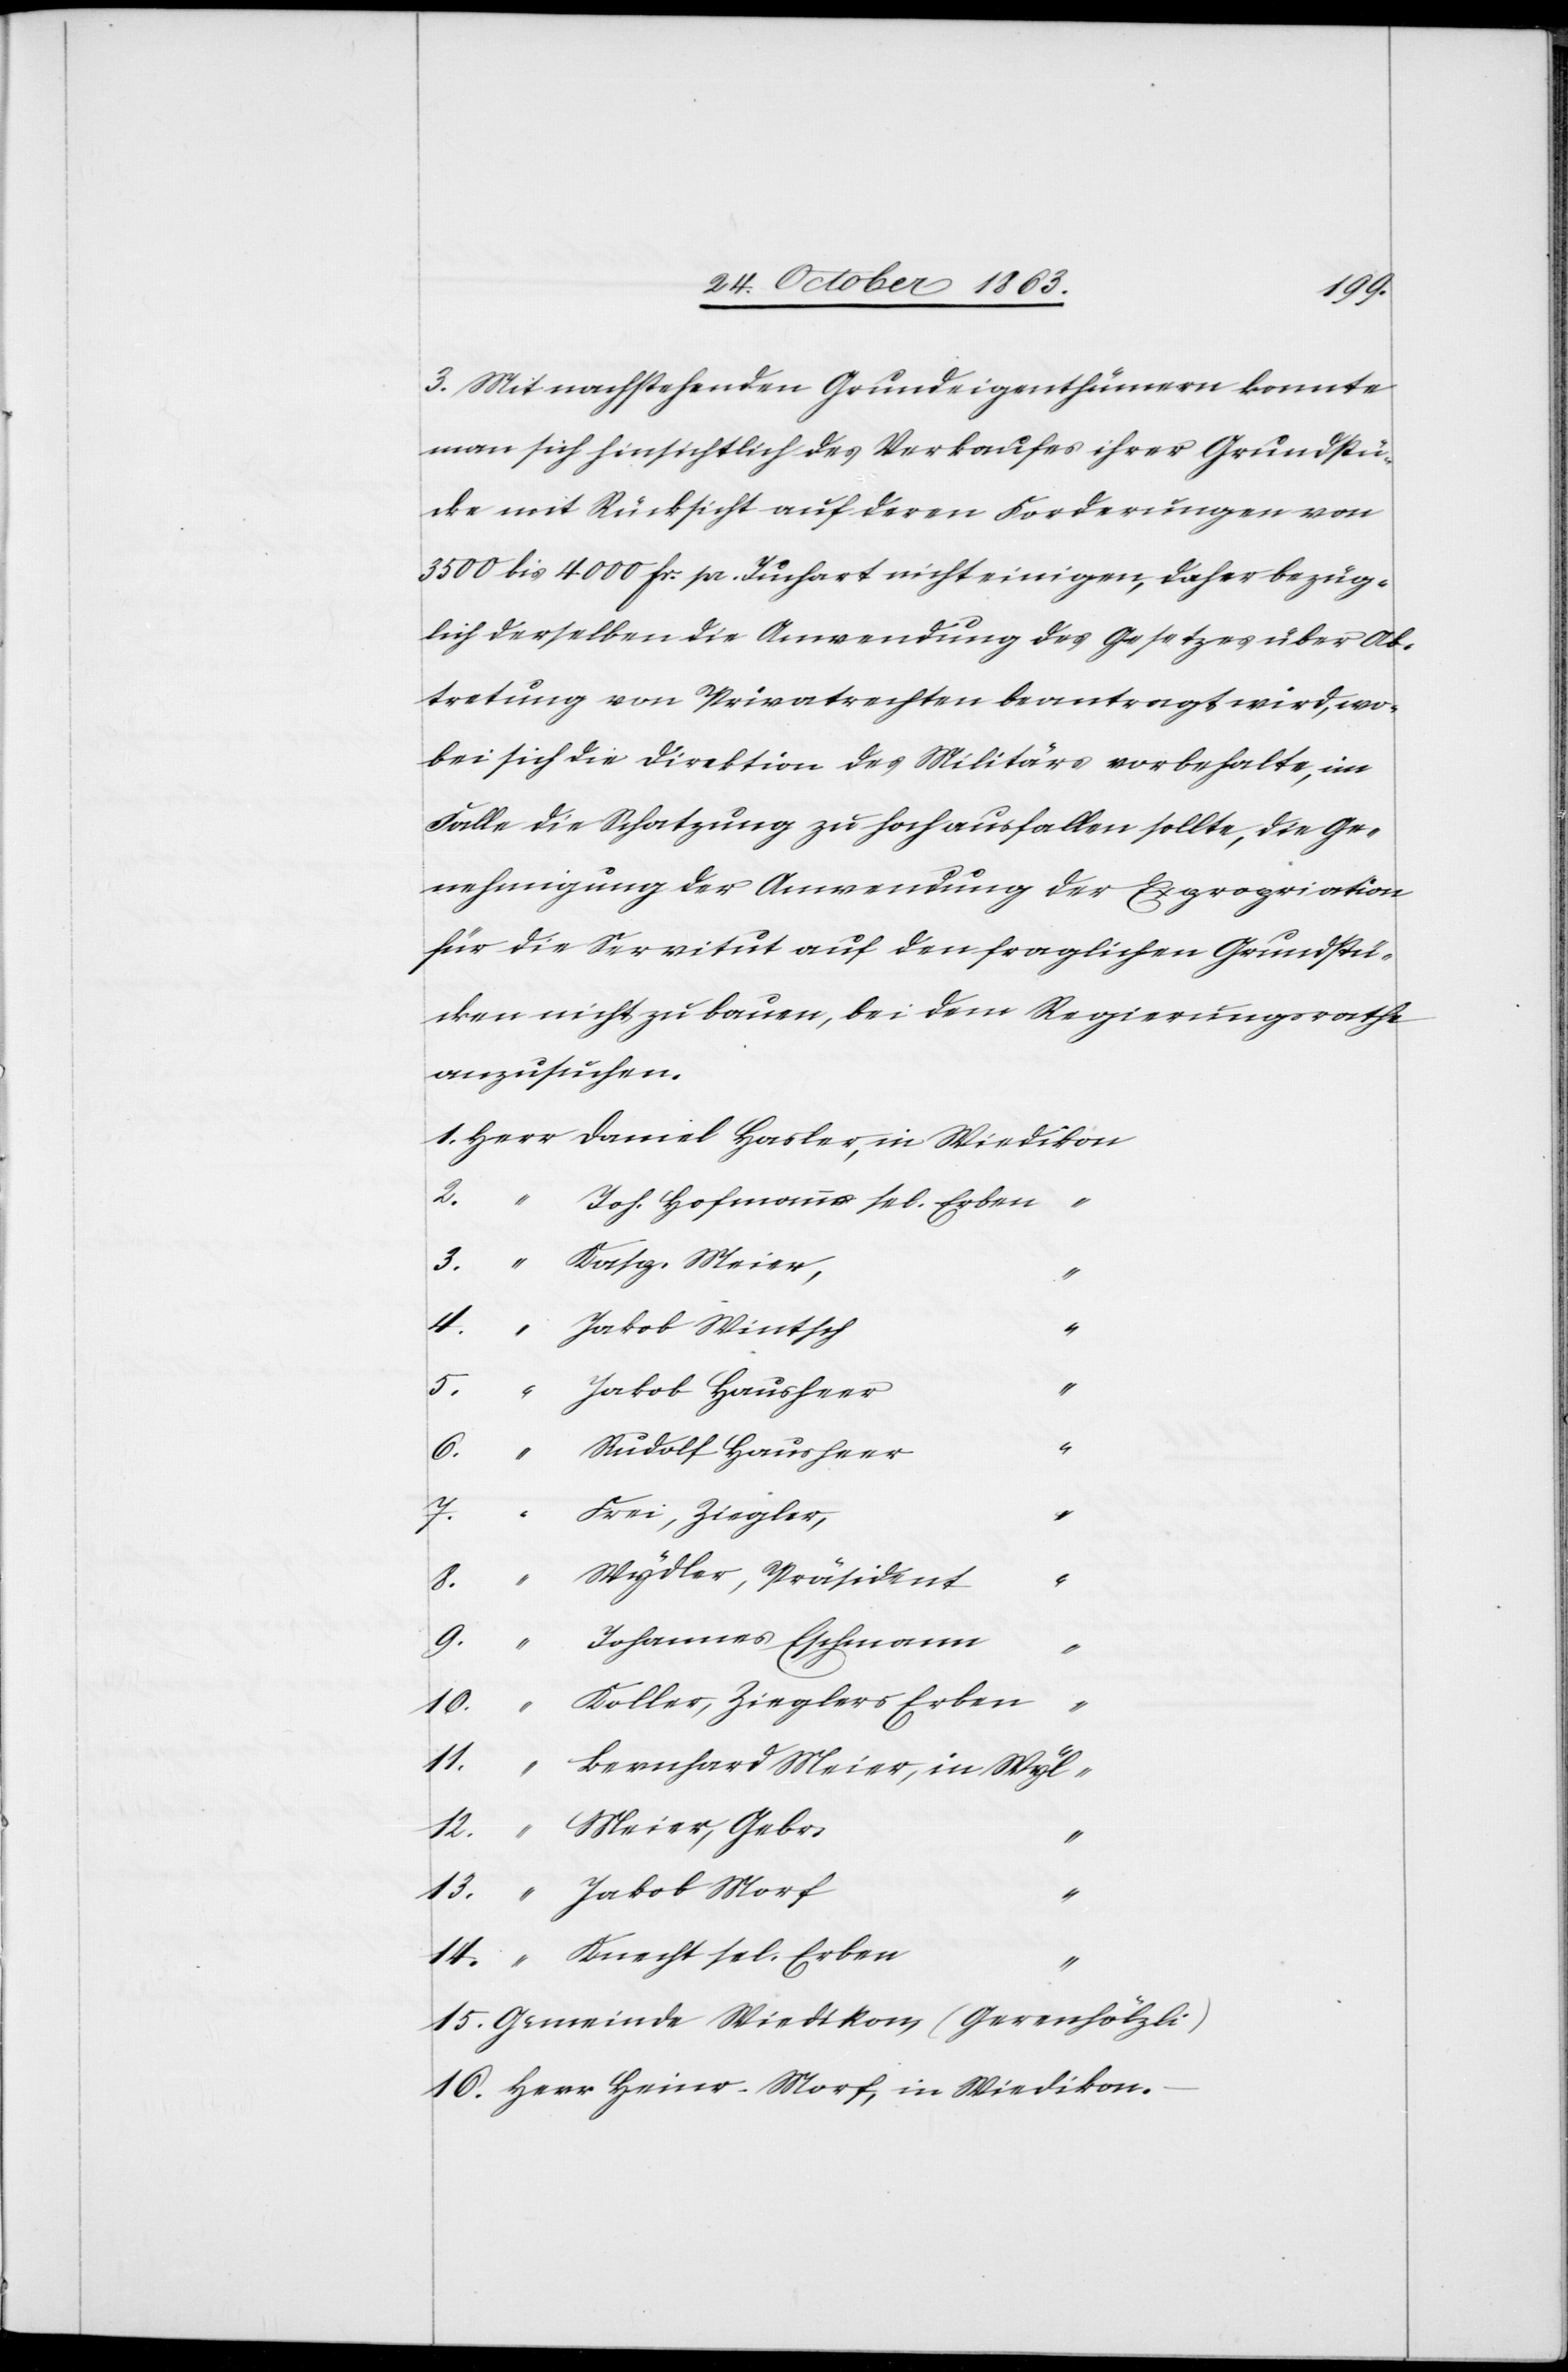
16.
3. Mit nachstehenden Grundeigenthümern konnte
man sich hinsichtlich des Verkaufes ihrer Grundstü¬
cke mit Rücksicht auf deren Forderungen von
3500 bis 4000 fr. pr. Juchart nicht einigen, daher bezüg¬
lich derselben die Anwendung des Gesetzes über Ab¬
tretung von Privatrechten beantragt wird, wo¬
bei sich die Direktion des Militärs vorbehalte, im
Falle die Schatzung zu hoch ausfallen sollte, die Ge¬
nehmigung der Anwendung der Expropriation
für die Servitut auf den fraglichen Grundstü¬
cken nicht zu bauen, bei dem Regierungsrathe
anzusuchen.
Joh. Hofmanns sel. Erben
“
–
“
Wydler, Präsident
“
ikon.
8.
Johannes Eschmann
Bernhard Meier, in Wyl
Gemeinde Wiedikon (Gerenhölzli)